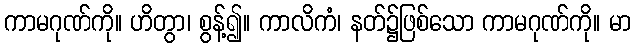
ကာမဂုဏ်ကို။ ဟိတွာ၊ စွန့်၍။ ကာလိကံ၊ နတ်၌ဖြစ်သော ကာမဂုဏ်ကို။ မာ